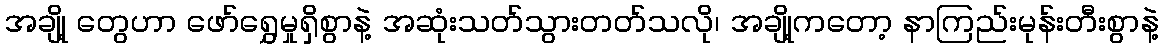
အချို့ တွေဟာ ဖော်ရွှေမှုရှိစွာနဲ့ အဆုံးသတ်သွားတတ်သလို၊ အချို့ကဝောာ့ နာကြည်းမုန်းတီးစွာနဲ့